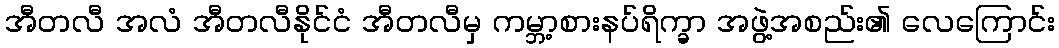
အီတလီ အလံ အီတလီနိုင်ငံ အီတလီမှ ကမ္ဘာ့စားနပ်ရိက္ခာ အဖွဲ့အစည်း၏ လေကြောင်း